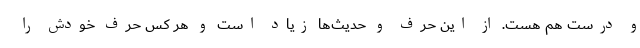
و درست هم هست. از این حرف و حدیث‌ها زیاد است و هر کس حرف خودش را